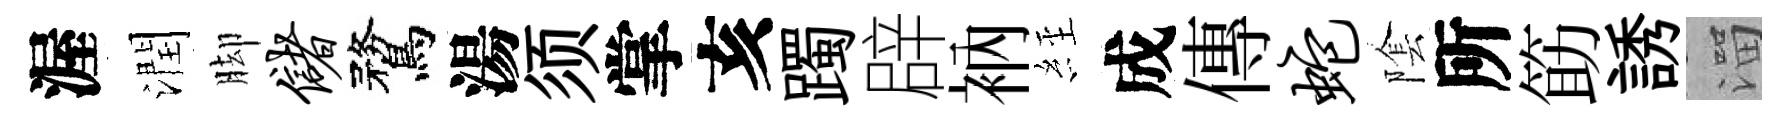
渥潤脚储鶩湯须掌亥躅辟衲𦀇成傳蛇隂所筯誘溜